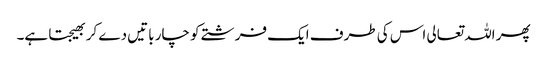
پھر اللہ تعالی اس کی طرف ایک فرشتے کو چار باتیں دے کر بھیجتا ہے۔